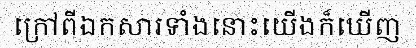
ក្រៅពីឯកសារទាំងនោះយើងក៏ឃើញ